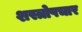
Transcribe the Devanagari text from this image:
शस्त्रोपचार